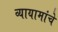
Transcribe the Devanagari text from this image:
व्यायामांचे